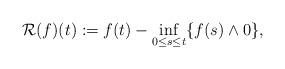
LaTeX: \begin{align*}\mathcal R (f) (t) := f(t) - \inf_{0 \leq s \leq t} \{ f(s) \wedge 0 \},\end{align*}